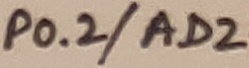
Text: P0.2/AD2